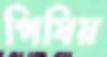
পিষিয়